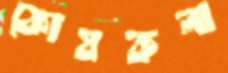
কোষকলা